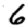
Digit: 6